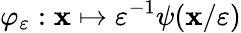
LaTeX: \varphi_{\varepsilon}:\mathbf{x}\mapsto\varepsilon^{-1}\psi(\mathbf{x}/\varepsilon)